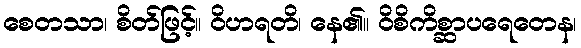
စေတသာ၊ စိတ်ဖြင့်။ ဝိဟရတိ၊ နေ၏။ ဝိစိကိစ္ဆာပရေတေန၊